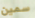
سمين